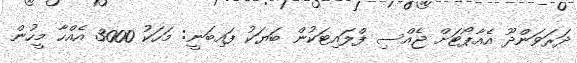
ދަރަވަންދޫ އެއާޕޯޓަށް ޖެއްސި ފްލައިޓަކުން ބަޔަކު ފައިބަނީ: މަހަކު 3000 އެއްހާ މީހުން